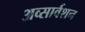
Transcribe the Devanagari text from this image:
अव्सार्वशन